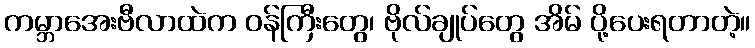
ကမ္ဘာအေးဗီလာထဲက ဝန်ကြီးတွေ၊ ဗိုလ်ချုပ်တွေ အိမ် ပို့ပေးရတာတဲ့။